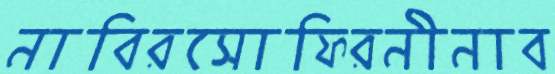
নাবিরসোফিরনীনাব